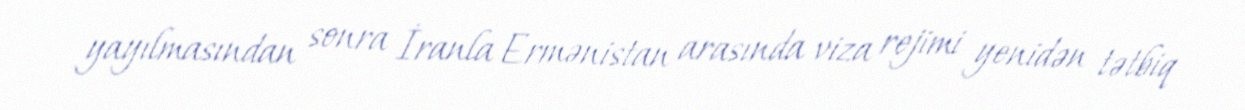
yayılmasından sonra İranla Ermənistan arasında viza rejimi yenidən tətbiq